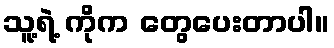
သူ့ရဲ့ ကိုက တွေပေးတာပါ။